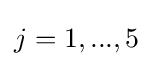
j=1,...,5